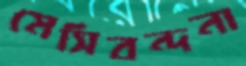
মেসিবন্দনা